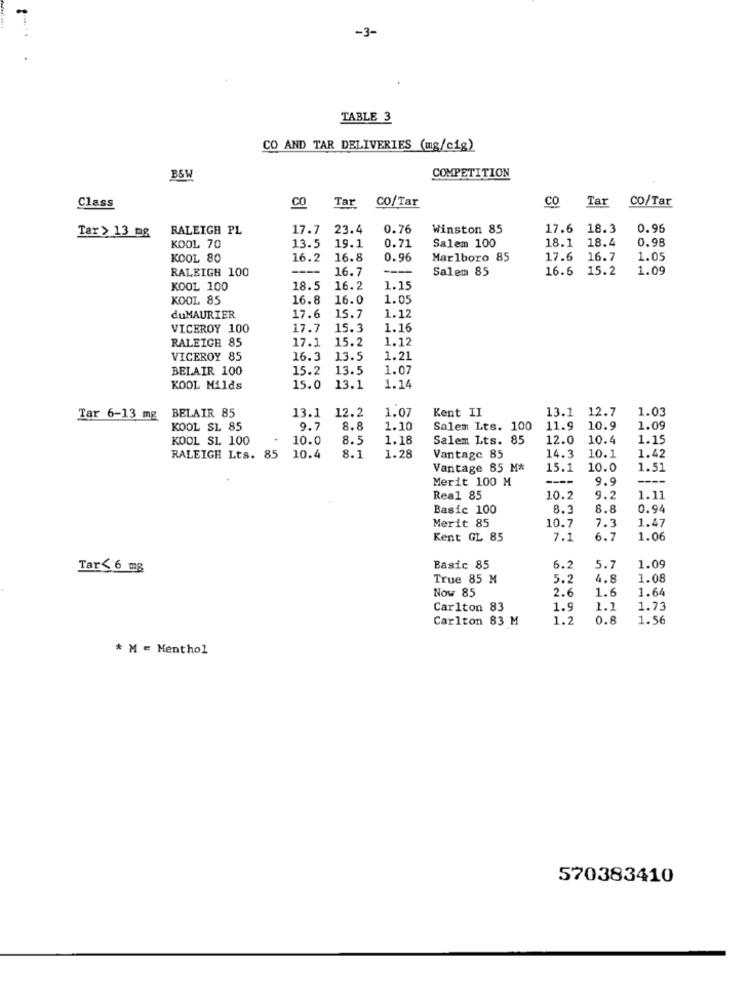
-3-
TABLE 3
CO AND TAR DELIVERIES (mg/cig)
COMPETITION
B&W
CO
co/Tar
CO
Tar
co/Tar
Class
Tar
RALEIGH PL
17.7
23.4
0.76
Winston 85
17.6 18.3
0.95
Tar > 13_mg
Salem 100
18.1 18.4
0.98
KOOL 70
13.5
19.1
0.71
KOOL 80
16.2
16.8
0.96
Marlboro 85
17.6 16.7
1.05
RALEIGH 100
16.7
----
Salem 85
16.6 15.2
1.09
KOOL 100
18.5
16.2
1.15
KOOL 85
16.8
16.0
1.05
1.12
duMAURIER
17.6
15.7
VICEROY 100
17.7 15.3
1.16
RALEIGH 85
17.1
15.2
1.12
VICEROY 85
16.3
13.5
1.21
BELAIR 100
15.2 13.5
1.07
KOOL Milds
15.0
13.1
1.14
12.2
1.07
Kent II
13.1 12.7
1.03
Tar 6-13 mg BELAIR 85
13.1
KOOL SL 85
9.7
8.8
1.10
Salem Lts. 100
11.9
10.9
1.09
KOOL SL 100
10.0
8.5
1.18
Salem Lts. 85
12.0
10.4
1.15
8.1
1.28
1.42
RALEIGH Lts. 85
10.4
Vantage 85
14.3 10.1
Vantage 85 M*
15.1
10.0
1.51
Merit 100 M
----
9.9
Real 85
10.2
9.2
1.11
Basic 100
8.
8.8
0.94
Merit 85
10.7
7.3
1.47
Kent GL 85
7.1
6.7
1.06
Tar <6 mg
Basic 85
6.2
5.7
1.09
True 85 M
5.2
4.8
1.08
Now 85
2.6
1.6
1.64
Carlton 83
1.9
1.1
1.73
Carlton 83 M
1.2
0.8
1.56
* M = Menthol
570383410